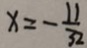
x = - \frac { 1 1 } { 3 2 }